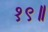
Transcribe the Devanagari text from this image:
१९॥